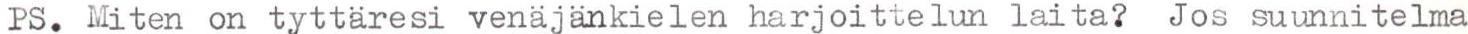
PS. Miten on tyttäresi venäjänkielen harjoittelun laita? Jos suunnitelma